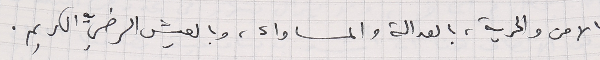
بالامن والحرية، بالعدالة والمساواة، وبالعيش الرضيِّ الكريم.